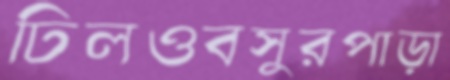
ঢিলওবসুরপাড়া